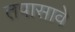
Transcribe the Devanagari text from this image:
तपासावे